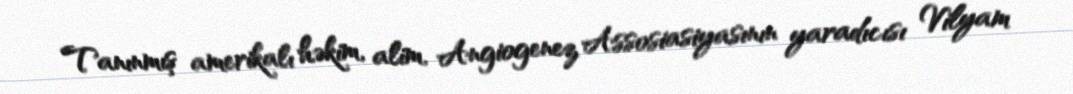
Tanınmış amerikalı həkim, alim, Angiogenez Assosiasiyasının yaradıcısı Vilyam